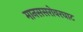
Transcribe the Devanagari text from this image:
मानससरोवरघाट